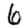
Digit: 6